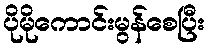
ပိုမိုကောင်းမွန်စေပြီး